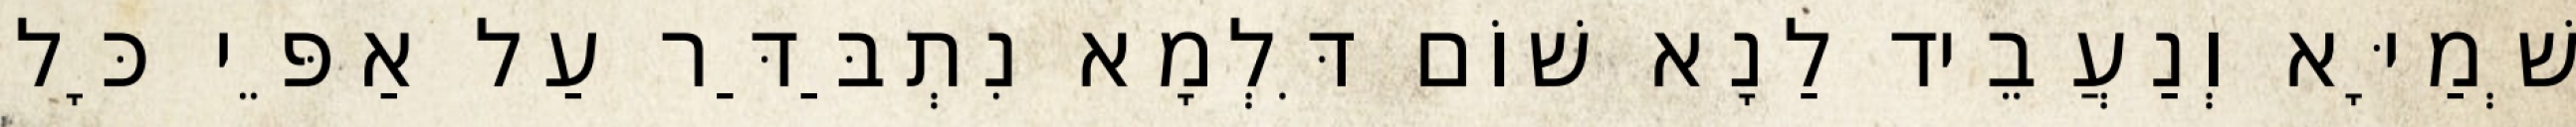
שְׁמַיָּא וְנַעֲבֵיד לַנָא שׁוֹם דִּלְמָא נִתְבַּדַּר עַל אַפֵּי כָּל